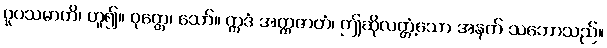
ဝူပသမာတိ၊ ဟူ၍။ ဝုတ္တေ၊ သော်။ ဣဒံ အတ္ထဇာတံ၊ ဤဆိုလတ္တံ့သော အနက် သဘောသည်။